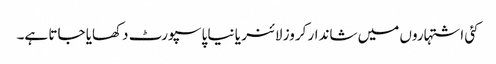
کئی اشتہاروں میں شاندار کروز لائنر یا نیا پاسپورٹ دکھایا جاتا ہے۔